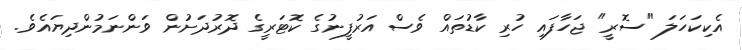
އެކިކަހަލަ "ސޮރީ" ޖަހާފައި ހުރި ކާޑުތައް ވެސް އަރުފީނުގެ ކޮޓަރީގެ ދޮރުދަށުން ވަންނަމުންދިޔައެވެ.